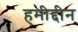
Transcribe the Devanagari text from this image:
हमीद्दीन